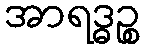
အာရဒ္ဓဉ္စ